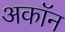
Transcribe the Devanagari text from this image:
अकॉन